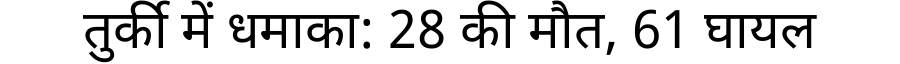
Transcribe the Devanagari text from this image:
तुर्की में धमाका: 28 की मौत, 61 घायल